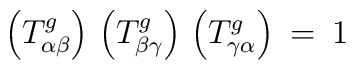
\left( T^g_{\alpha \beta} \right) \,\left( T^g_{\beta \gamma} \right) \,\left( T^g_{\gamma \alpha} \right) \: = \: 1